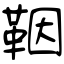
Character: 鞇